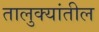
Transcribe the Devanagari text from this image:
तालुक्‍यांतील